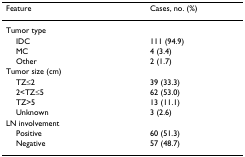
<table><thead><tr><td><b>Feature</b></td><td><b>Cases, no. (%)</b></td></tr></thead><tbody><tr><td>Tumor type</td><td></td></tr><tr><td> IDC</td><td>111 (94.9)</td></tr><tr><td> MC</td><td>4 (3.4)</td></tr><tr><td> Other</td><td>2 (1.7)</td></tr><tr><td>Tumor size (cm)</td><td></td></tr><tr><td> TZ≤2</td><td>39 (33.3)</td></tr><tr><td> 2&lt;TZ≤5</td><td>62 (53.0)</td></tr><tr><td> TZ&gt;5</td><td>13 (11.1)</td></tr><tr><td> Unknown</td><td>3 (2.6)</td></tr><tr><td>LN involvement</td><td></td></tr><tr><td> Positive</td><td>60 (51.3)</td></tr><tr><td> Negative</td><td>57 (48.7)</td></tr></tbody></table>